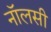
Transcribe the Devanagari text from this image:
नॉलसी